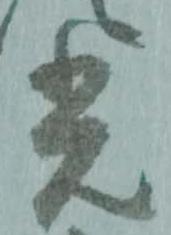
光